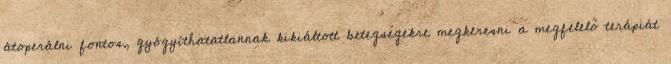
átoperálni fontos, gyógyíthatatlannak kikiáltott betegségekre megkeresni a megfelelő terápiát